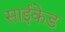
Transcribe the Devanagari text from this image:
साईकेड